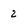
Character: 2